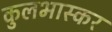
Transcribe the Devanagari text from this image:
कुलभास्कर